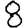
Digit: 8